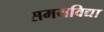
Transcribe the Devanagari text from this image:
समयविद्या